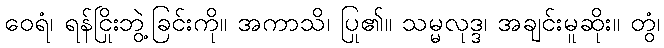
ဝေရံ၊ ရန်ငြိုးဘွဲ့ခြင်းကို။ အကာသိ၊ ပြု၏။ သမ္မလုဒ္ဒ၊ အချင်းမူဆိုး။ တွံ၊